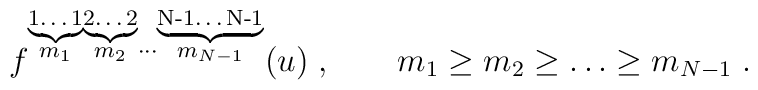
f^{\stackrel{\underbrace{\mbox{\scriptsize 1\ldots 1}}}{m_1} \stackrel{\underbrace{\mbox{\scriptsize 2\ldots 2}}}{m_2}\cdots \stackrel{\underbrace{\mbox{\scriptsize N-1\ldots N-1}}}{m_{N-1}}}(u)\;, \qquad { m_1 \geq m_2\geq \ldots \geq m_{N-1} } \;.